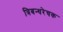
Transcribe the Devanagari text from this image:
त्रिबन्धरेचक